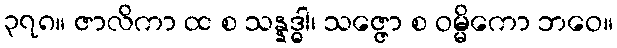
၃၇၈။ ဇာလိကာ ထ စ သန္နဒ္ဓါ၊ သဇ္ဇော စ ဝမ္မိကော ဘဝေ။